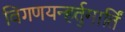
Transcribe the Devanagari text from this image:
विगणयन्हर्तुमार्तिं